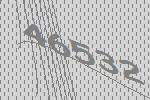
46532